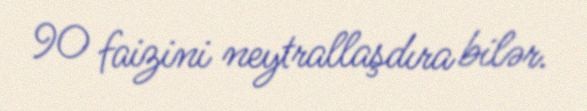
90 faizini neytrallaşdıra bilər.